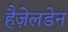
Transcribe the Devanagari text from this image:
हैज़ेलडेन